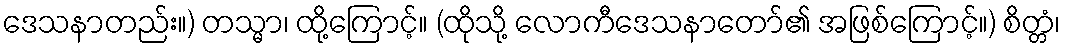
ဒေသနာတည်း။) တသ္မာ၊ ထို့ကြောင့်။ (ထိုသို့ လောကီဒေသနာတော်၏ အဖြစ်ကြောင့်။) စိတ္တံ၊